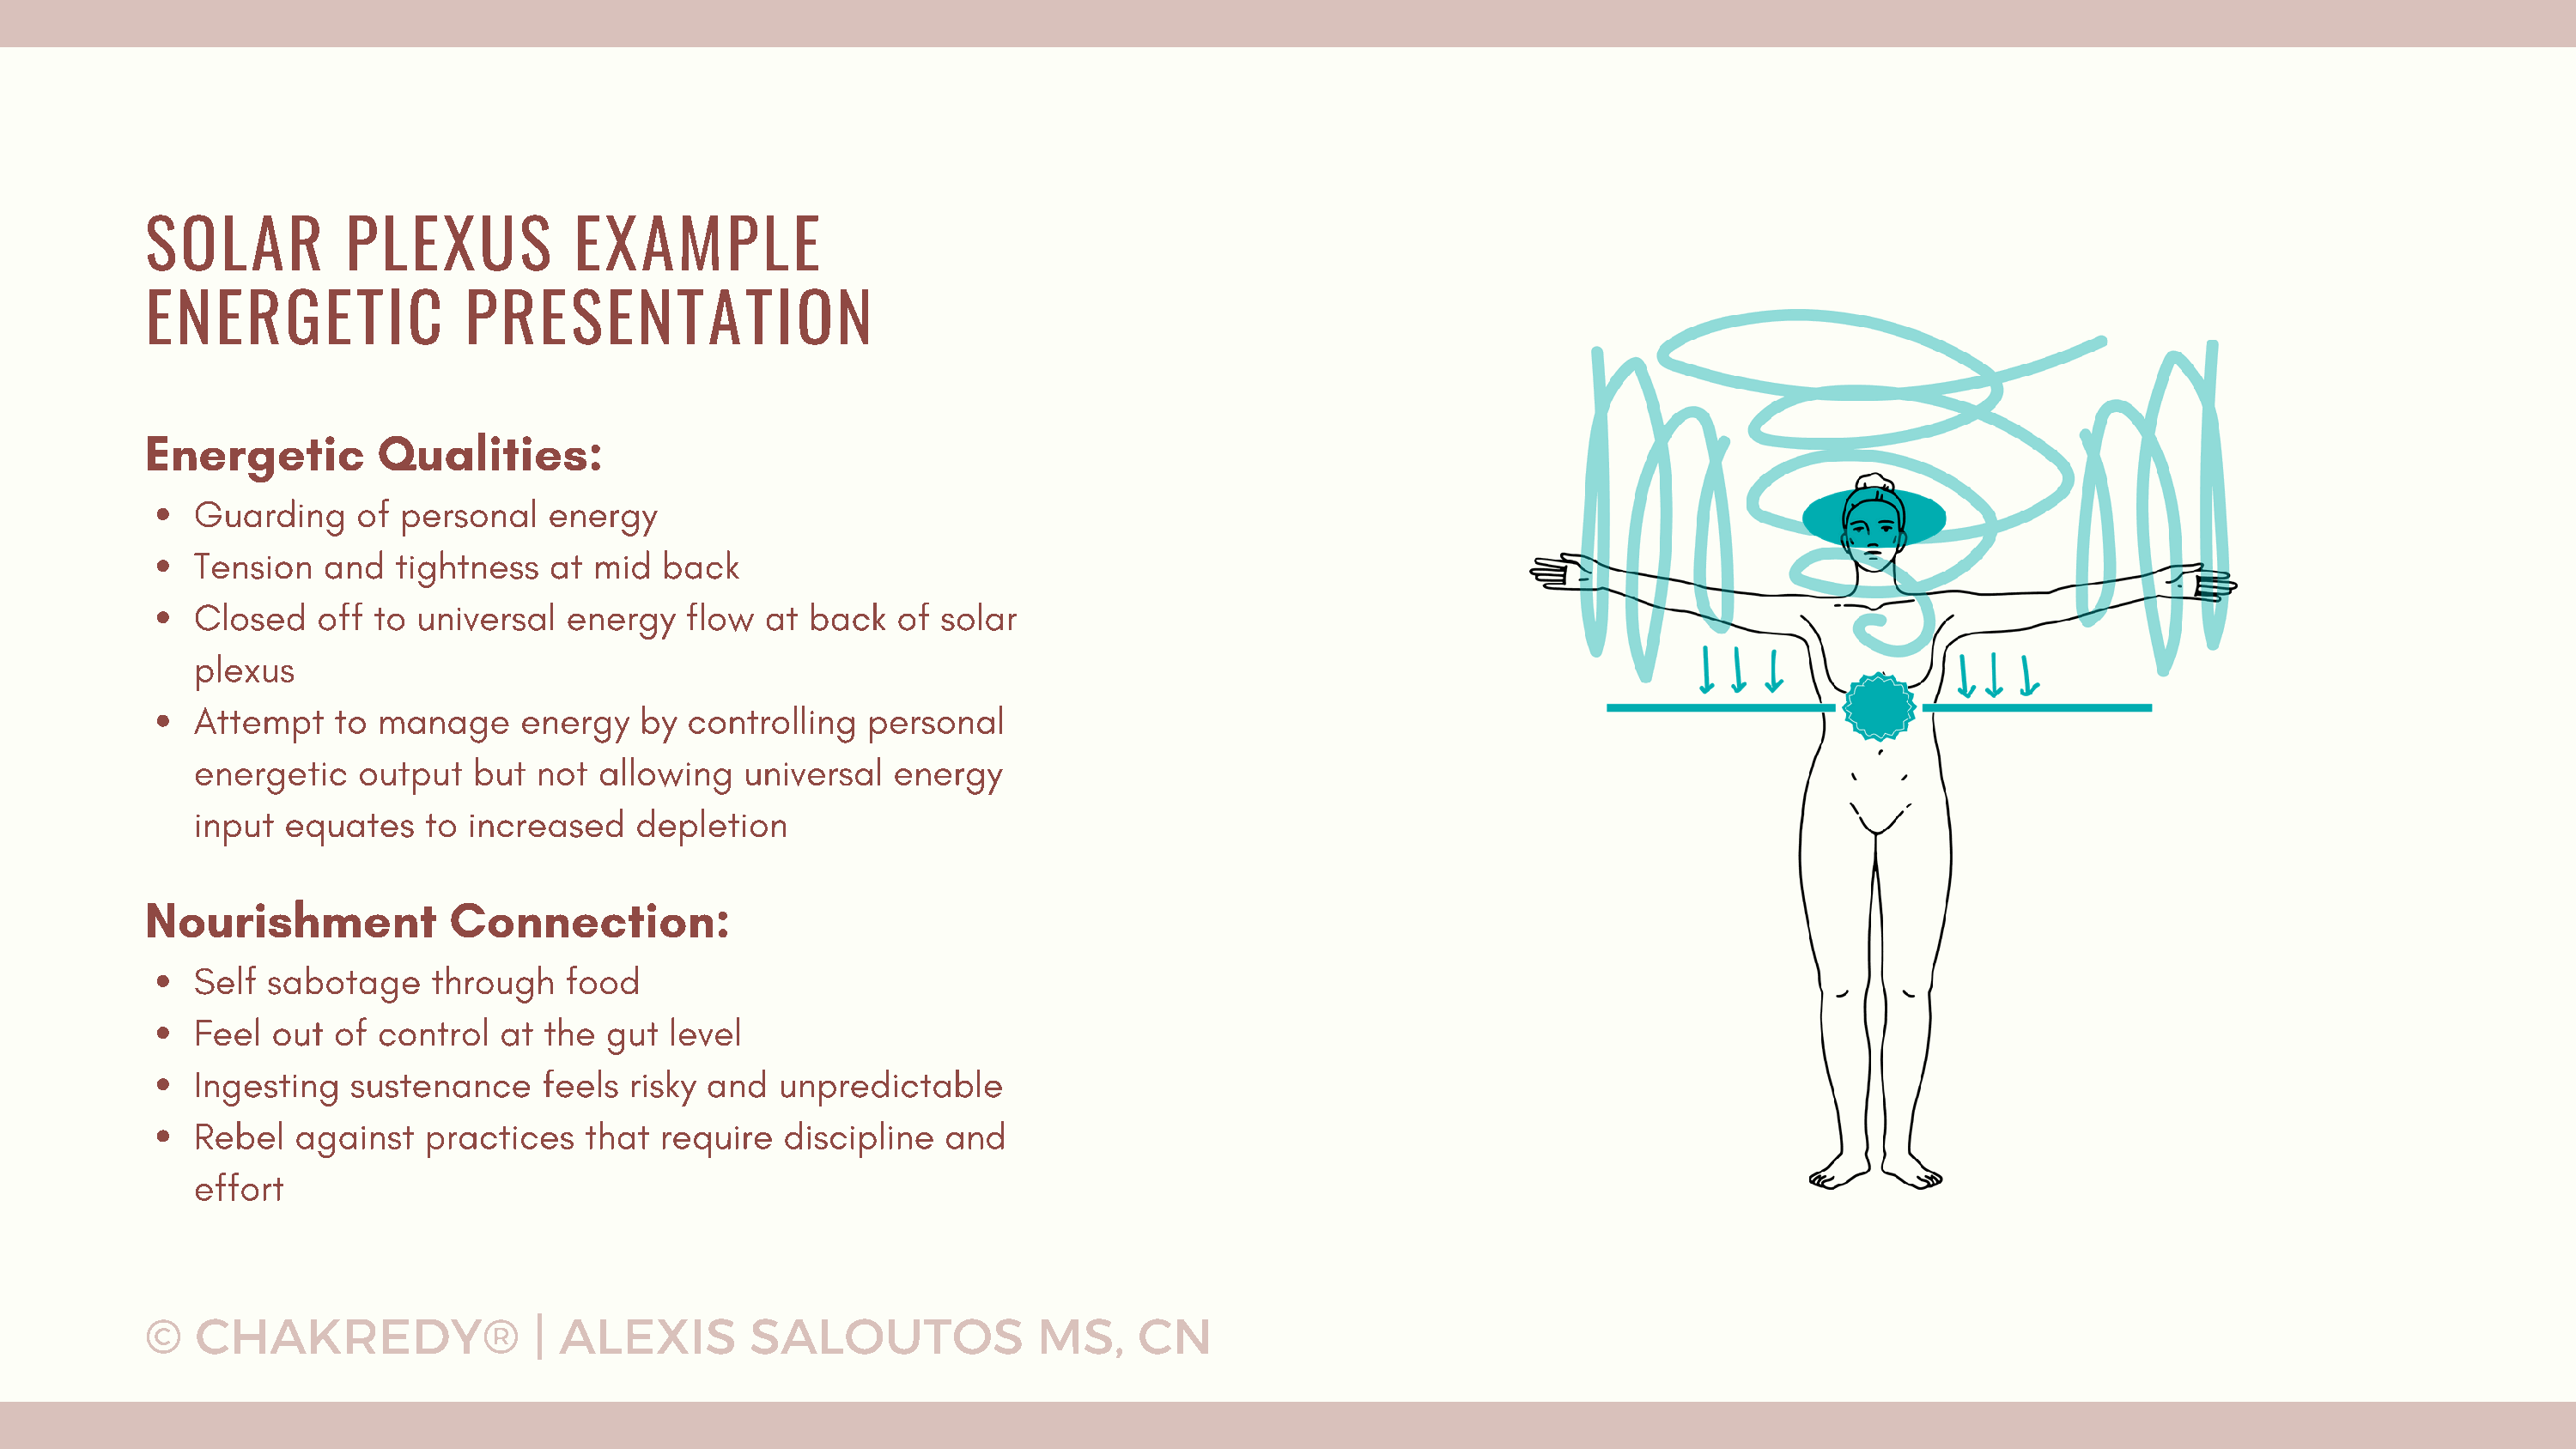
SOLAR           PLEXUS           EXAMPLE
 ENERGETIC                PRESENTATION
 Energetic         Qualities:
 Guarding    of  personal   energy
 Tension   and  tightness   at  mid  back
 Closed   off  to universal   energy   flow  at back   of  solar
 plexus
 Attempt    to manage     energy   by  controlling   personal
 energetic    output  but  not  allowing   universal   energy
 input  equates    to increased    depletion
 Nourishment             Connection:
 Self  sabotage    through    food
 Feel  out  of control   at the  gut  level
 Ingesting   sustenance     feels  risky and  unpredictable
 Rebel   against   practices   that  require  discipline   and
 effort
 ©   CHAKREDY®                 | ALEXIS         SALOUTOS              MS,     CN